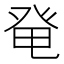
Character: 𰤏